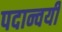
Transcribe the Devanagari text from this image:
पदान्वयी